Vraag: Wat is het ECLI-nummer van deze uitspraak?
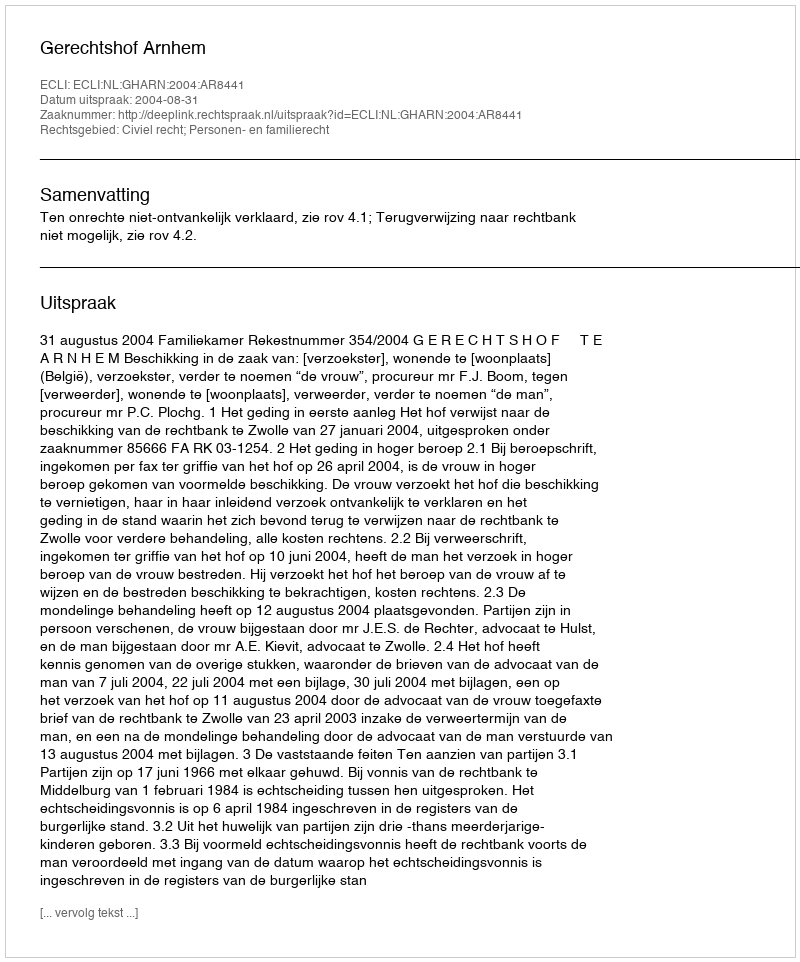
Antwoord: ECLI:NL:GHARN:2004:AR8441